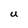
Character: U